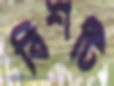
বিশটি